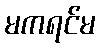
မကရင်မ